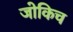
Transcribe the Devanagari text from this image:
जोकिच